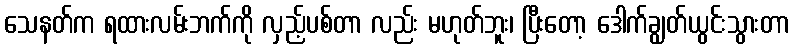
သေနတ်က ရထားလမ်းဘက်ကို လှည့်ပစ်တာ လည်း မဟုတ်ဘူး၊ ပြီးတော့ ဒေါက်ချွတ်ယွင်းသွားတာ